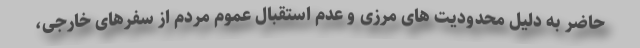
حاضر به دلیل محدودیت های مرزی و عدم استقبال عموم مردم از سفرهای خارجی،